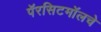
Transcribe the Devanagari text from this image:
पॅरसिटमॉलचे